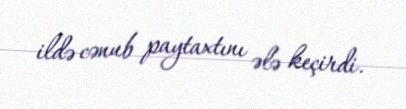
ildə cənub paytaxtını ələ keçirdi.